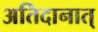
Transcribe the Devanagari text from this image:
अतिदानात्